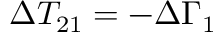
\Delta T _ { 2 1 } = - \Delta \Gamma _ { 1 }